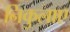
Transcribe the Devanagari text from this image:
निकुलाए